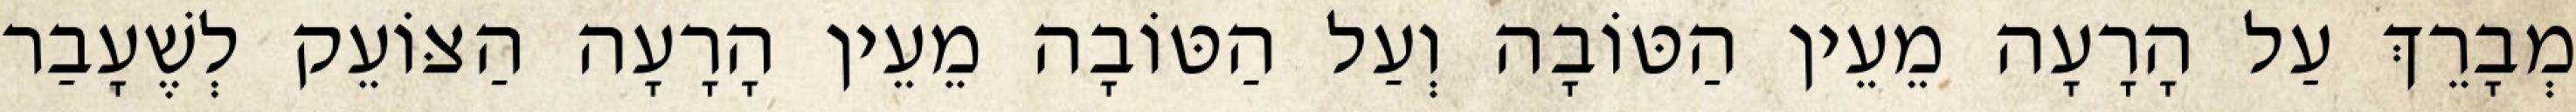
מְבָרֵךְ עַל הָרָעָה מֵעֵין הַטּוֹבָה וְעַל הַטּוֹבָה מֵעֵין הָרָעָה הַצּוֹעֵק לְשֶׁעָבַר